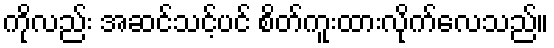
ကိုလည်း အဆင်သင့်ပင် စိတ်ကူးထားလိုက်လေသည်။